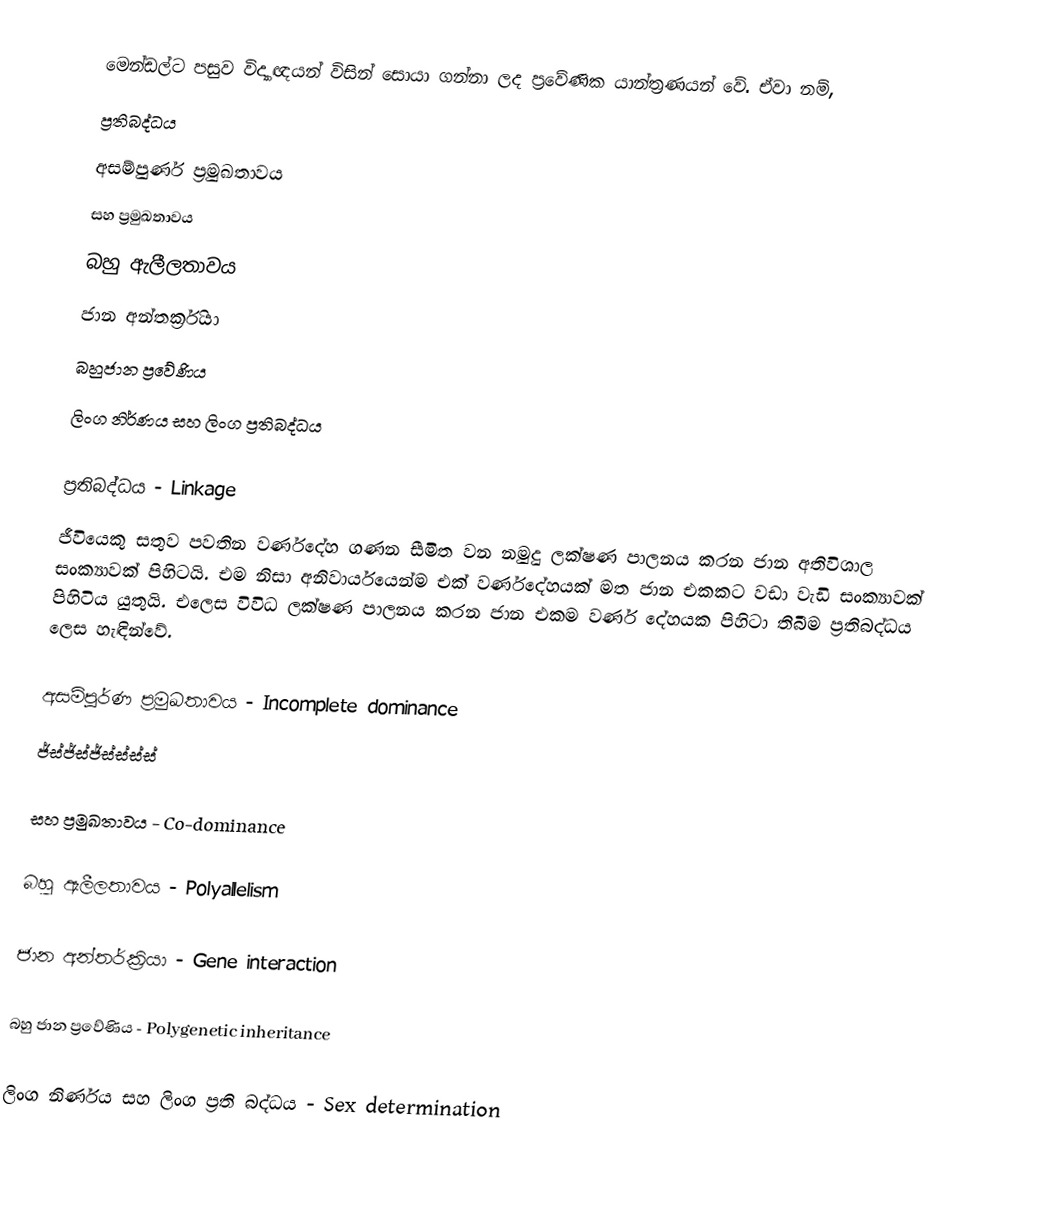
මෙන්ඩල්ට පසුව විද්‍යාඥයන් විසින් සොයා ගන්නා ලද ප්‍රවේණික යාන්ත්‍රණයන් වේ. ඒවා නම්,
ප්‍රතිබද්ධය
අසම්පුර්ණ ප්‍රමුඛතාවය
සහ ප්‍රමුඛතාවය
බහු ඇලීලතාවය
ජාන අන්තර්ක්‍රියා
බහුජාන ප්‍රවේණිය
ලිංග නිර්ණය සහ ලිංග ප්‍රතිබද්ධය

ප්‍රතිබද්ධය - Linkage
ජීවියෙකු සතුව පවතින වර්ණදේහ ගණන සීමිත වන නමුදු ලක්ෂණ පාලනය කරන ජාන අතිවිශාල සංක්‍යාවක් පිහිටයි. එම නිසා අනිවාර්යයෙන්ම එක් වර්ණදේහයක් මත ජාන එකකට වඩා වැඩි සංක්‍යාවක් පිහිටිය යුතුයි. එලෙස විවිධ ලක්ෂණ පාලනය කරන ජාන එකම වර්ණ දේහයක පිහිටා තිබීම ප්‍රතිබද්ධය ලෙස හැඳින්වේ.

අසම්පූර්ණ ප්‍රමුඛතාවය - Incomplete dominance
ජ්ස්ජ්ස්ජ්ස්ස්ස්ස්

සහ ප්‍රමුඛතාවය - Co-dominance

බහු ඇලීලතාවය - Polyallelism

ජාන අන්තර්ක්‍රියා - Gene interaction

බහු ජාන ප්‍රවේණිය - Polygenetic inheritance

ලිංග නිර්ණය සහ ලිංග ප්‍රති බද්ධය - Sex determination